Lunatic asylums Punjab 1911-1921 - 1911-1921
Year: 1911
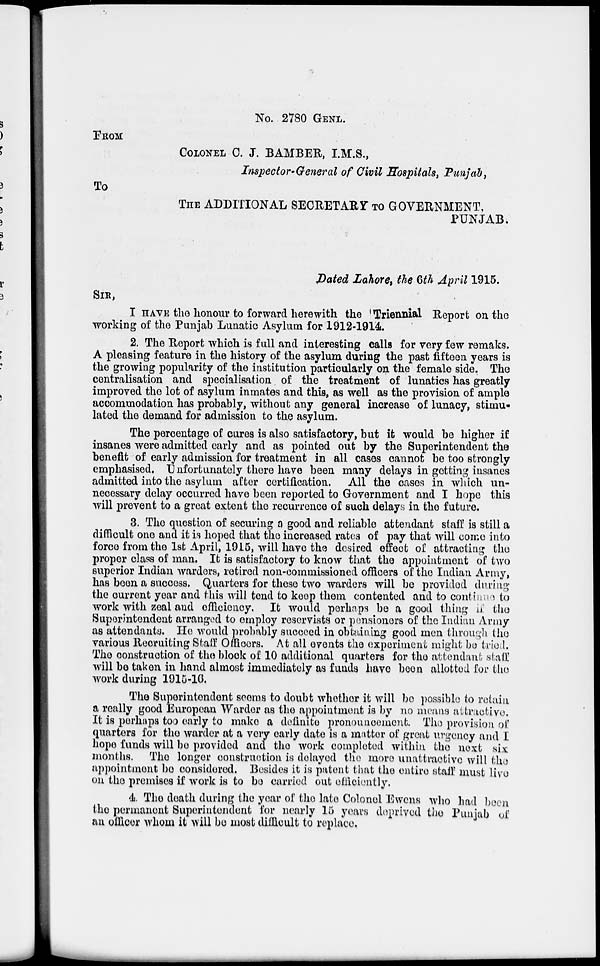
No. 2780 GENL.
FROM
COLONEL C. J. BAMBER, I.M.S.,
Inspector-General of Civil Hospitals, Punjab,
To
THE ADDITIONAL SECRETARY TO GOVERNMENT,
PUNJAB.
Dated Lahore, the 6th April 1915.
SIR,
I HAVE the honour to forward herewith the Triennial Report on the
working of the Punjab Lunatic Asylum for 1912-1914.
2. The Report which is full and interesting calls for very few remaks.
A pleasing feature in the history of the asylum during the past fifteen years is
the growing popularity of the institution particularly on the female side. The
centralisation and specialisation of the treatment of lunatics has greatly
improved the lot of asylum inmates and this, as well as the provision of ample
accommodation has probably, without any general increase of lunacy, stimu-
lated the demand for admission to the asylum.
The percentage of cures is also satisfactory, but it would be higher if
insanes were admitted early and as pointed out by the Superintendent the
benefit of early admission for treatment in all cases cannot be too strongly
emphasised. Unfortunately there have been many delays in getting insanes
admitted into the asylum after certification. All the cases in which un-
necessary delay occurred have been reported to Government and I hope this
will prevent to a great extent the recurrence of such delays in the future.
3. The question of securing a good and reliable attendant staff is still a
difficult one and it is hoped that the increased rates of pay that will come into
force from the 1st April, 1915, will have the desired effect of attracting the
proper class of man. It is satisfactory to know that the appointment of two
superior Indian warders, retired non-commissioned officers of the Indian Army,
has been a success. Quarters for these two warders will be provided during
the current year and this will tend to keep them contented and to continue to
work with zeal and efficiency. It would perhaps be a good thing if the
Superintendent arranged to employ reservists or pensioners of the Indian Army
as attendants. He would probably succeed in obtaining good men through the
various Recruiting Staff Officers. At all events the experiment might be tried.
The construction of the block of 10 additional quarters for the attendant staff
will be taken in hand almost immediately as funds have been allotted for the
work during 1915-10.
The Superintendent seems to doubt whether it will be possible to retain
a really good European Warder as the appointment is by no means attractive.
It is perhaps too early to make a definite pronouncement. The provision of
quarters for the warder at a very early date is a matter of great urgency and I
hope funds will be provided and the work completed within the next six
months. The longer construction is delayed the more unattractive will the
appointment be considered. Besides it is patent that the entire staff must live
on the premises if work is to be carried out efficiently.
4. The death during the year of the late Colonel Ewens who had been
the permanent Superintendent for nearly 15 years deprived the Punjab of
an officer whom it will be most difficult to replace.